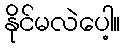
နိုင်မလဲပေါ့။